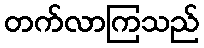
တက်လာကြသည်